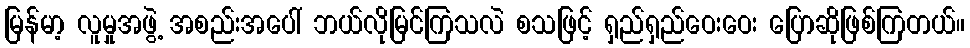
မြန်မာ့ လူမှုအဖွဲ့ အစည်းအပေါ် ဘယ်လိုမြင်ကြသလဲ စသဖြင့် ရှည်ရှည်ဝေးဝေး ပြောဆိုဖြစ်ကြတယ်။